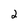
Character: 2